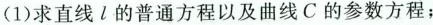
(1)求直线l的普通方程以及曲线C的参数方程；